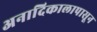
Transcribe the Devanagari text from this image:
अनादिकालापासून